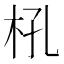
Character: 𣏺